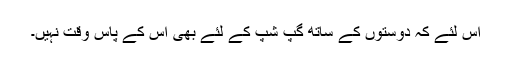
اس لئے کہ دوستوں کے ساتھ گپ شپ کے لئے بھی اس کے پاس وقت نہیں۔